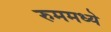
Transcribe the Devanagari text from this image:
रुममध्ये